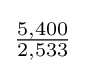
{\tfrac {5,400}{2,533}}